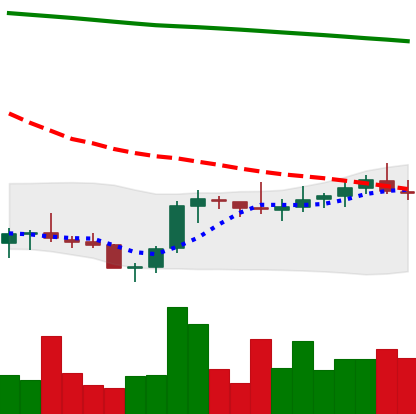
Ticker: XLM-USD
Chart end date: 2021-08-02
Forward return: 11.526%
Label: up_7plus